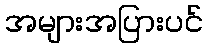
အများအပြားပင်